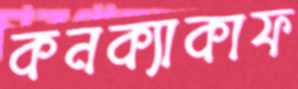
কনক্যাকাফ